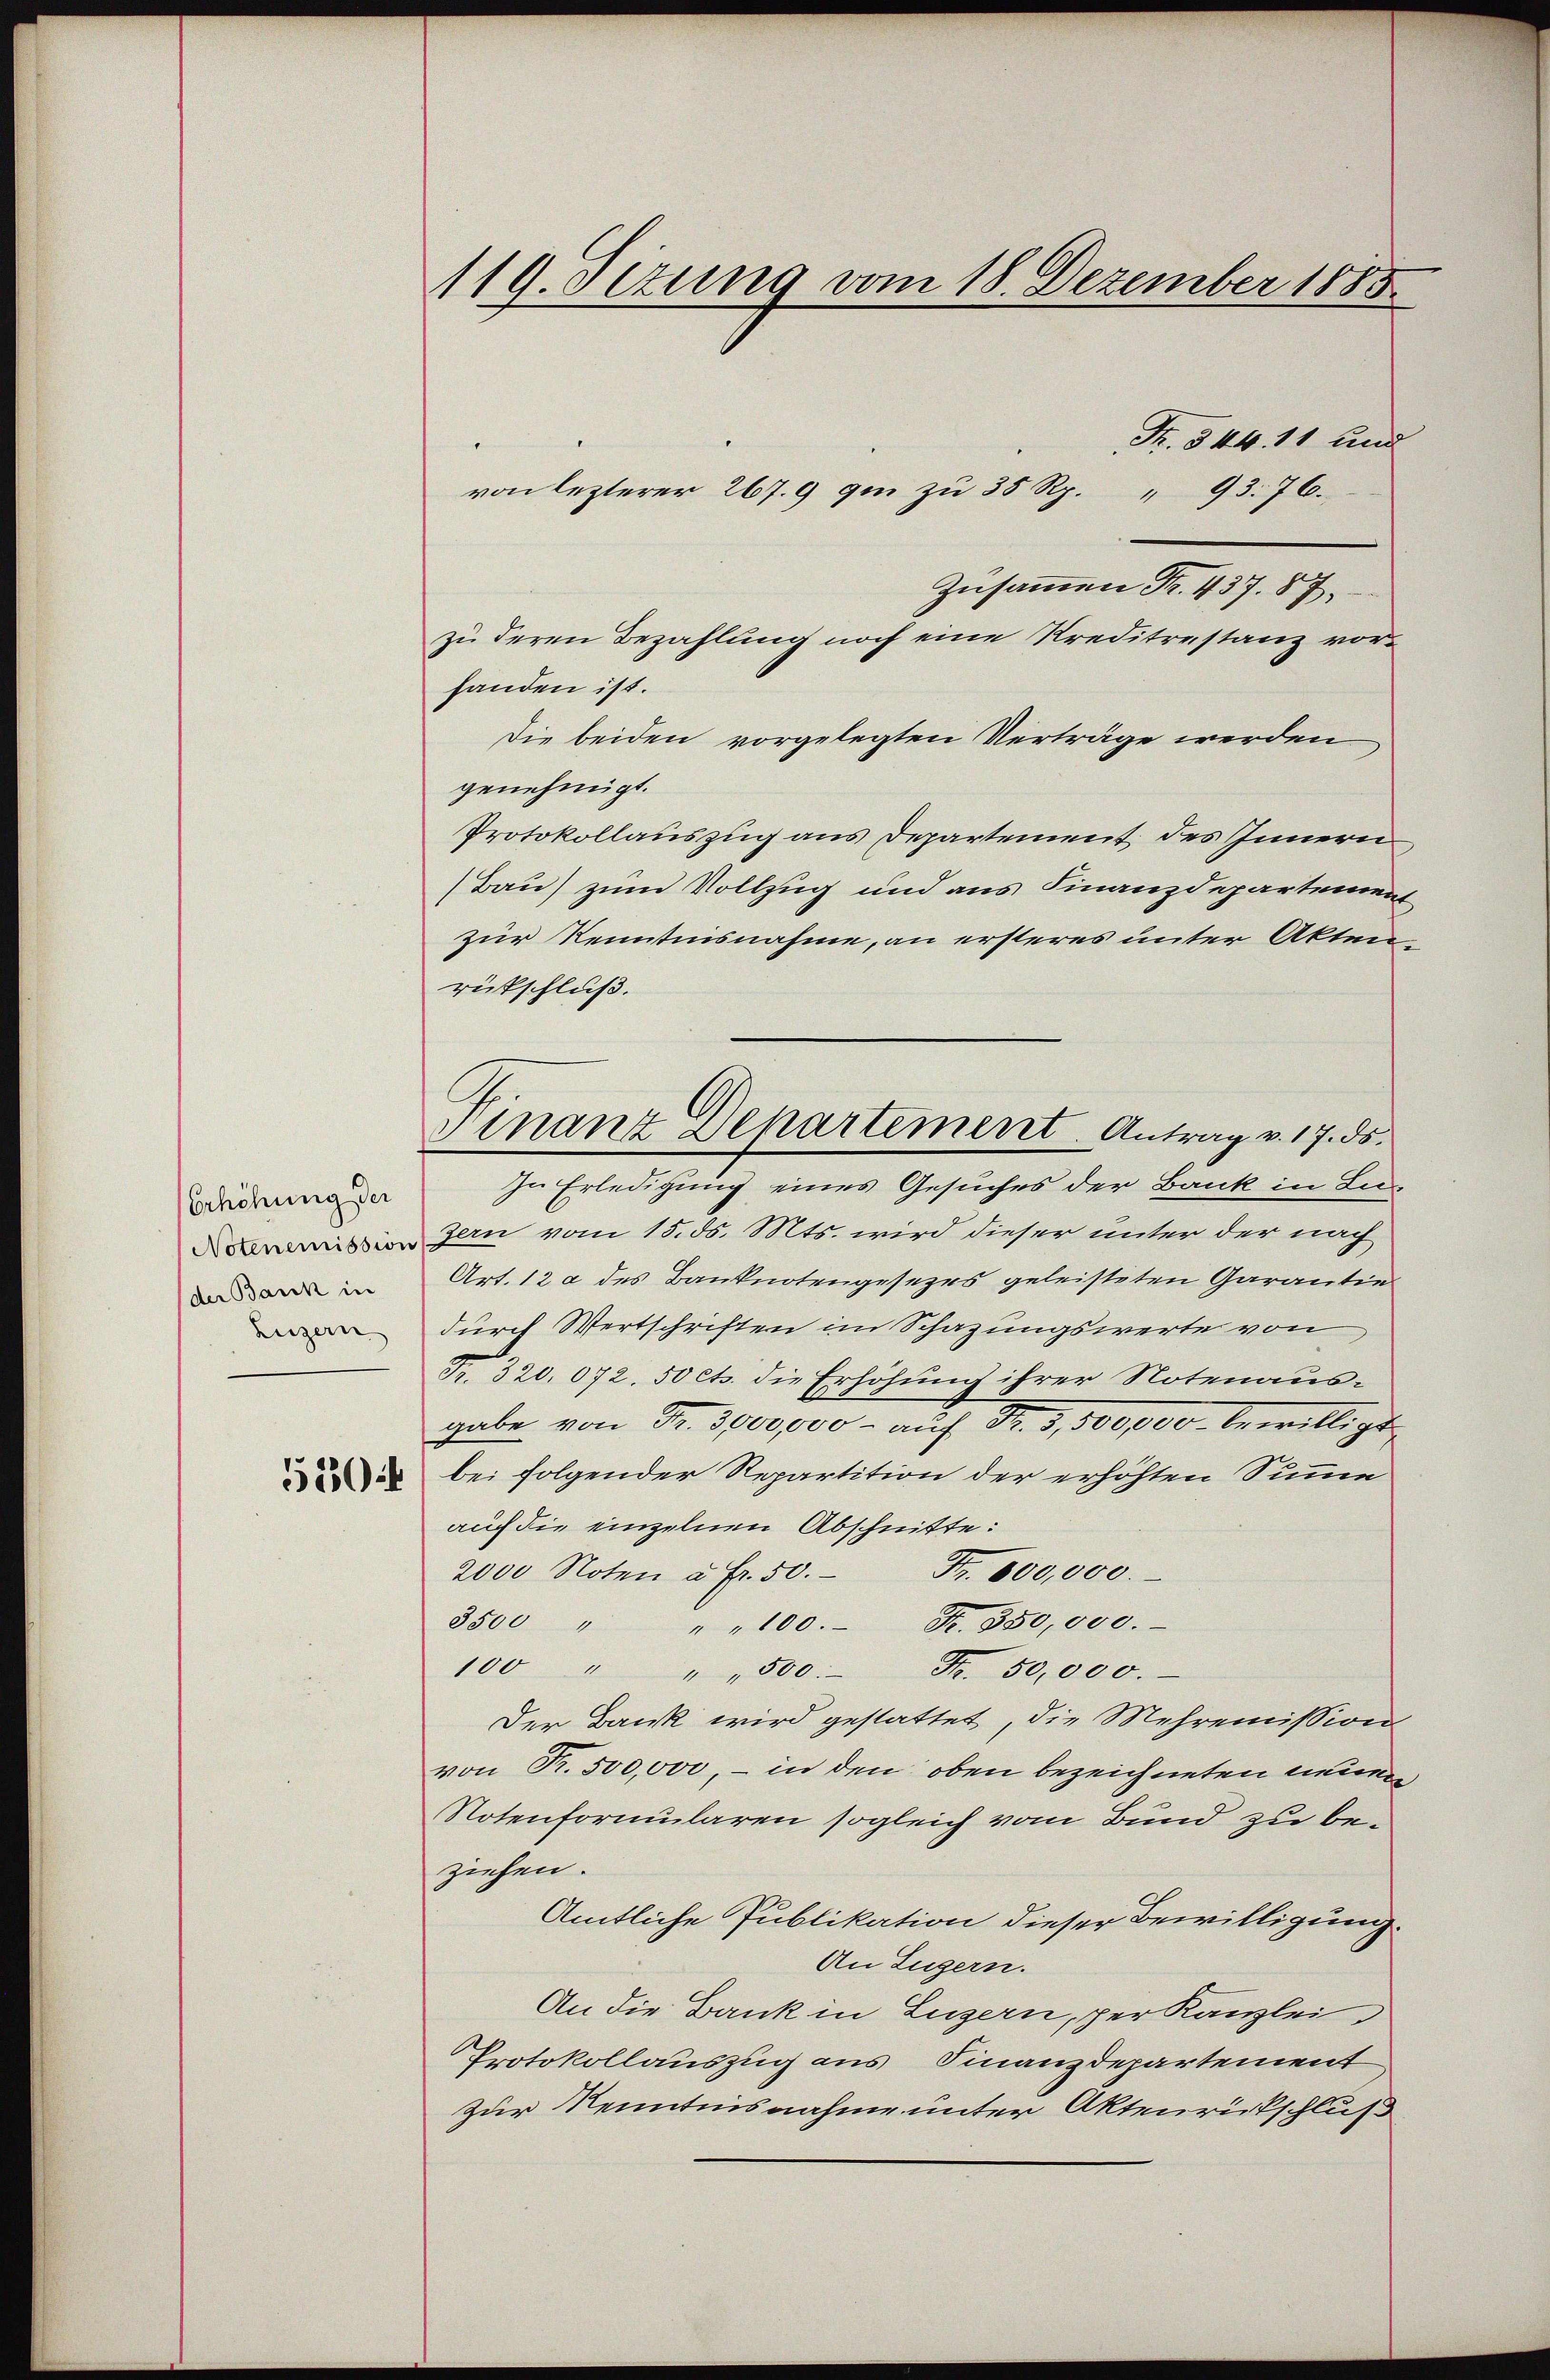
Erhöhung der
Notenemission
der Bank in
Luzern

510:

119. Sizung vom 18. Dezember 1885.

Finanz Denartement. Antrag v. 17. ds.

von lezterer 267.9 qui zu 35 Rp. " 93. 76.
Zusammen Fr. 437. 87,
zu deren Bezahlung noch eine Kreditestanz vorhanden ist.
Die beiden vorgelegten Verträge werden
genehmigt.
Protokollauszug aus Departement, des Innern
(Bau) zum Vollzug und aus Finanzdepartement
zur Kenntnisnahme, an ersteres unter Aktenrütschluß.
Zu Erledigung eines Gesuches der Bank in Luzern vom 15. ds. Mts. wird dieser unter der nach
Art. 12 a des Banknotengesezes geleisteten Garantie
durch Wertschriften im Schazungswerte von
Fr. 320. 072. 50 cts. die Erhöhung ihrer Notenausgabe von Fr. 3000,000 - aŭf Fr. 3,500,000 bewilligt.
bei folgender Repartition der erhöhten Sinne
auf die einzelnen Abschnitte:
2000 Noten u. fr. 50. Fr. 600,000.
3500 " " " 100. Fr. 350,000.
100 " " " 500 Fr. 50,000.
Der Dank wird gestattet, die Mehremission
von Fr. 500,000, – in den oben bezeichneten neuen
Notenformularen sogleich vom Bund zu beziehen.
Amtliche Publikation dieser Bewilligung.
An Zugern.
An die Bank in Luzern, per Kanzlei
Protokollauszug aus, Finanzdepartement
zur Kenntnisnahme unter Aktenrückschluß

Fr. 544. 11 und